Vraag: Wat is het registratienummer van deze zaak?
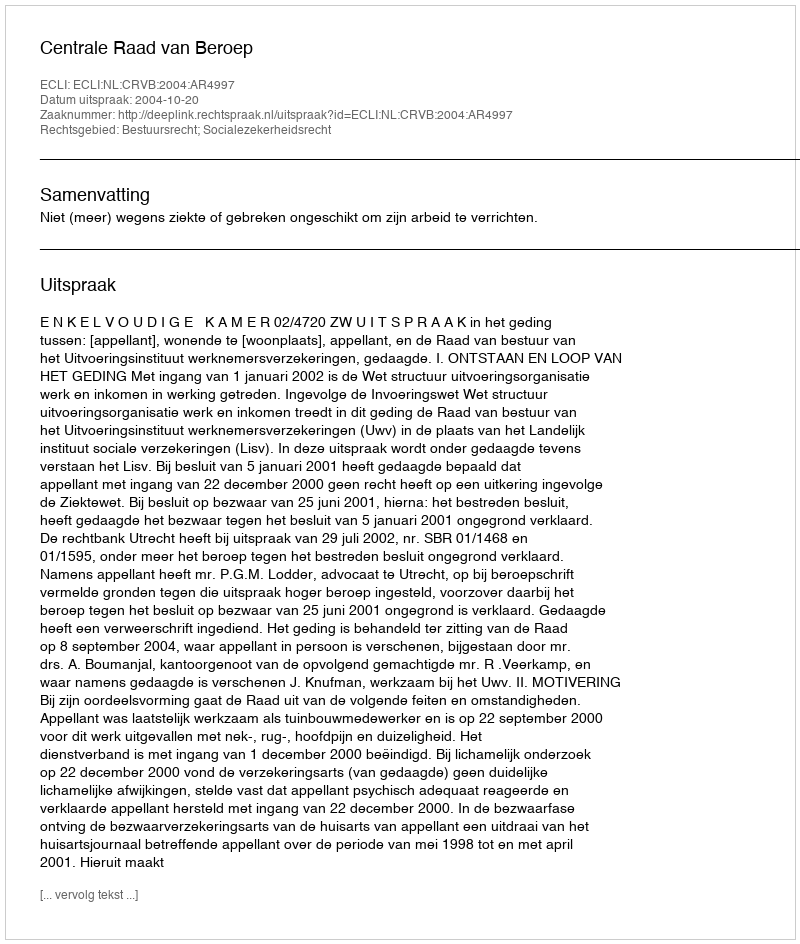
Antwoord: http://deeplink.rechtspraak.nl/uitspraak?id=ECLI:NL:CRVB:2004:AR4997